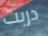
دربت